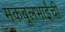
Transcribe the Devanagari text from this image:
मकबूलभाईंची